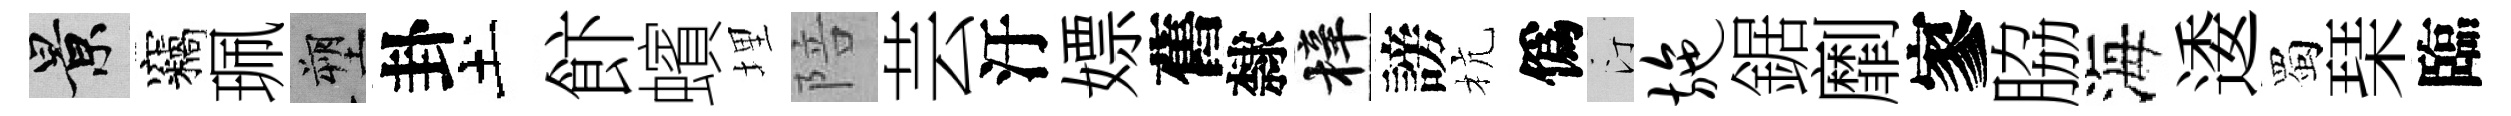
景竊珮塑卦土飰蠙埋陪芸汙嫖舊隸梓謗杭僞汀施鋸劘寥脇海逶蜀琹臨